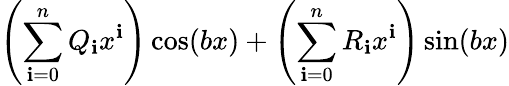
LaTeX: \left(\sum_{\mathbf{i}=0}^{n}Q_{\mathbf{i}}x^{\mathbf{i}}\right)\cos(bx)+\left(\sum_{\mathbf{i}=0}^{n}R_{\mathbf{i}}x^{\mathbf{i}}\right)\sin(bx)